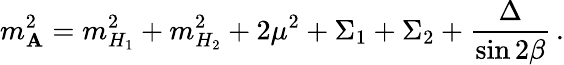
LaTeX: m_{\mathbf{A}}^{2}=m_{H_{1}}^{2}+m_{H_{2}}^{2}+2\mu^{2}+\Sigma_{1}+\Sigma_{2}+\frac{{\Delta}}{{\sin2\beta}}\, .